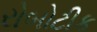
રોબોટીક